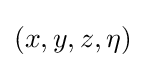
(x,y,z,\eta )